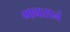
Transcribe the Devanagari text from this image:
गावासनं